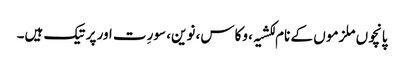
پانچوں ملزمو ں کے نام لکشیہ، وکاس، نوین، سورِت اور پرتیک ہیں۔